Manual of the Civil Veterinary Department, Central Provinces and Berar
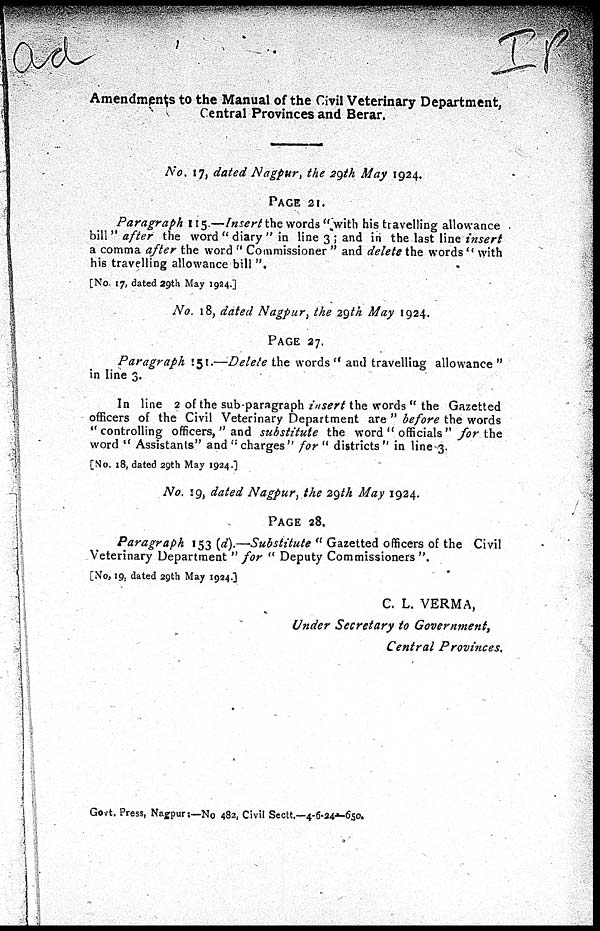
Amendments to the Manual of the Civil Veterinary Department,
Central Provinces and Berar.
No. 17, dated Nagpur, the 29th May 1924.
PAGE 21.
Paragraph 115.—Insert the words " with his travelling allowance
bill " after the word "diary" in line 3 ; and in the last line insert
a comma after the word "Commissioner" and delete the words "with
his travelling allowance bill ".
[No. 17, dated 29th May 1994.]
No. 18, dated Nagpur, the 29th May 1924.
PAGE 27.
Paragraph 151.—Delete the words "and travelling allowance"
in line 3.
In line 2 of the sub-paragraph insert the words " the Gazetted
officers of the Civil Veterinary Department are " before the words
"controlling officers, " and substitute the word " officials" for the
word " Assistants" and ''charges" for " districts" in line 3.
[No. 18, dated 29th May 1924.]
No. 19, dated Nagpur, the 29th May 1924.
PAGE 28.
Paragraph 153 (d).—Substitute "Gazetted officers of the Civil
Veterinary Department "for " Deputy Commissioners".
[No, 19 dated 29th May 1924.]
C. L. VERMA,
Under Secretary to Government,
Central Provinces.
Govt. Press, Nagpur :—No 482, Civil Sectt.—4-6-34-650.